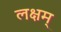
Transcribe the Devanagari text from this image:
लक्षम्